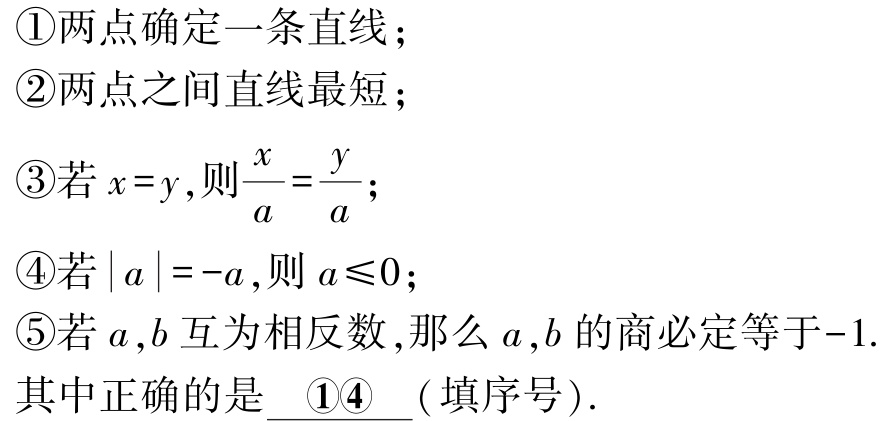
\textcircled{1}两点确定一条直线；

\textcircled{2}两点之间直线最短；

\textcircled{3}若\(x = y\),则\(\frac{x}{a}=\frac{y}{a}\)；

\textcircled{4}若\(\vert a\vert=-a\),则\(a\leqslant0\)；

\textcircled{5}若\(a,b\)互为相反数,那么\(a,b\)的商必定等于\(-1\).

其中正确的是  \(\textcircled{1}\textcircled{4}\) ( 填序号).